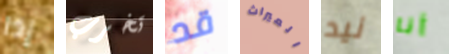
إذا تخرب قد الميراث نيد أنا